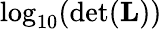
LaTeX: \log_{10}(\operatorname*{det}(\mathbf{L}))